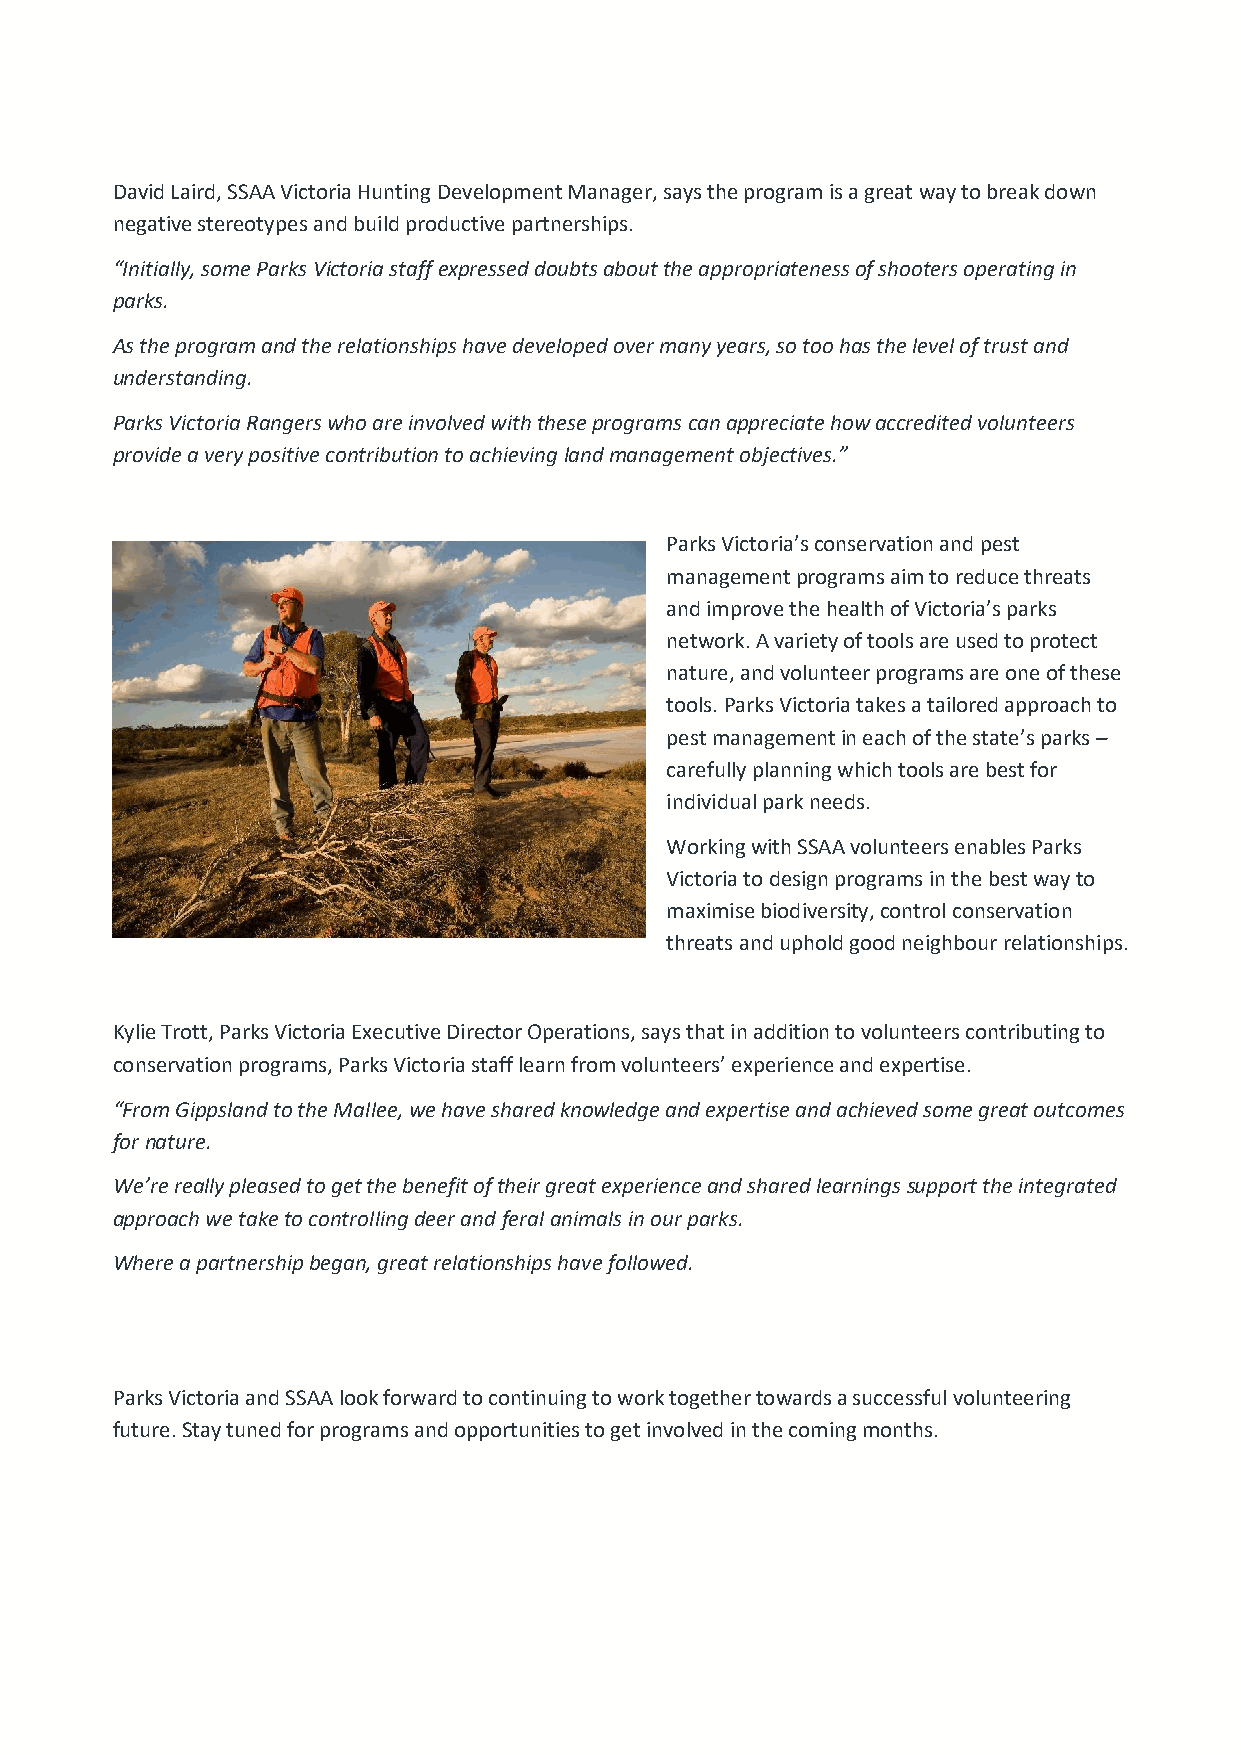
David Laird, SSAA Victoria Hunting Development Manager, says the program is a great way to break down
 negative stereotypes and build productive partnerships.
 “Initially, some Parks Victoria staff expressed doubts about the appropriateness of shooters operating in
 parks.
 As the program and the relationships have developed over many years, so too has the level of trust and
 understanding.
 Parks Victoria Rangers who are involved with these programs can appreciate how accredited volunteers
 provide a very positive contribution to achieving land management objectives.”
 Parks Victoria’s conservation and pest
 management programs aim to reduce threats
 and improve the health of Victoria’s parks
 network. A variety of tools are used to protect
 nature, and volunteer programs are one of these
 tools. Parks Victoria takes a tailored approach to
 pest management in each of the state’s parks –
 carefully planning which tools are best for
 individual park needs.
 Working with SSAA volunteers enables Parks
 Victoria to design programs in the best way to
 maximise biodiversity, control conservation
 threats and uphold good neighbour relationships.
 Kylie Trott, Parks Victoria Executive Director Operations, says that in addition to volunteers contributing to
 conservation programs, Parks Victoria staff learn from volunteers’ experience and expertise.
 “From Gippsland to the Mallee, we have shared knowledge and expertise and achieved some great outcomes
 for nature.
 We’re really pleased to get the benefit of their great experience and shared learnings support the integrated
 approach we take to controlling deer and feral animals in our parks.
 Where a partnership began, great relationships have followed.
 Parks Victoria and SSAA look forward to continuing to work together towards a successful volunteering
 future. Stay tuned for programs and opportunities to get involved in the coming months.